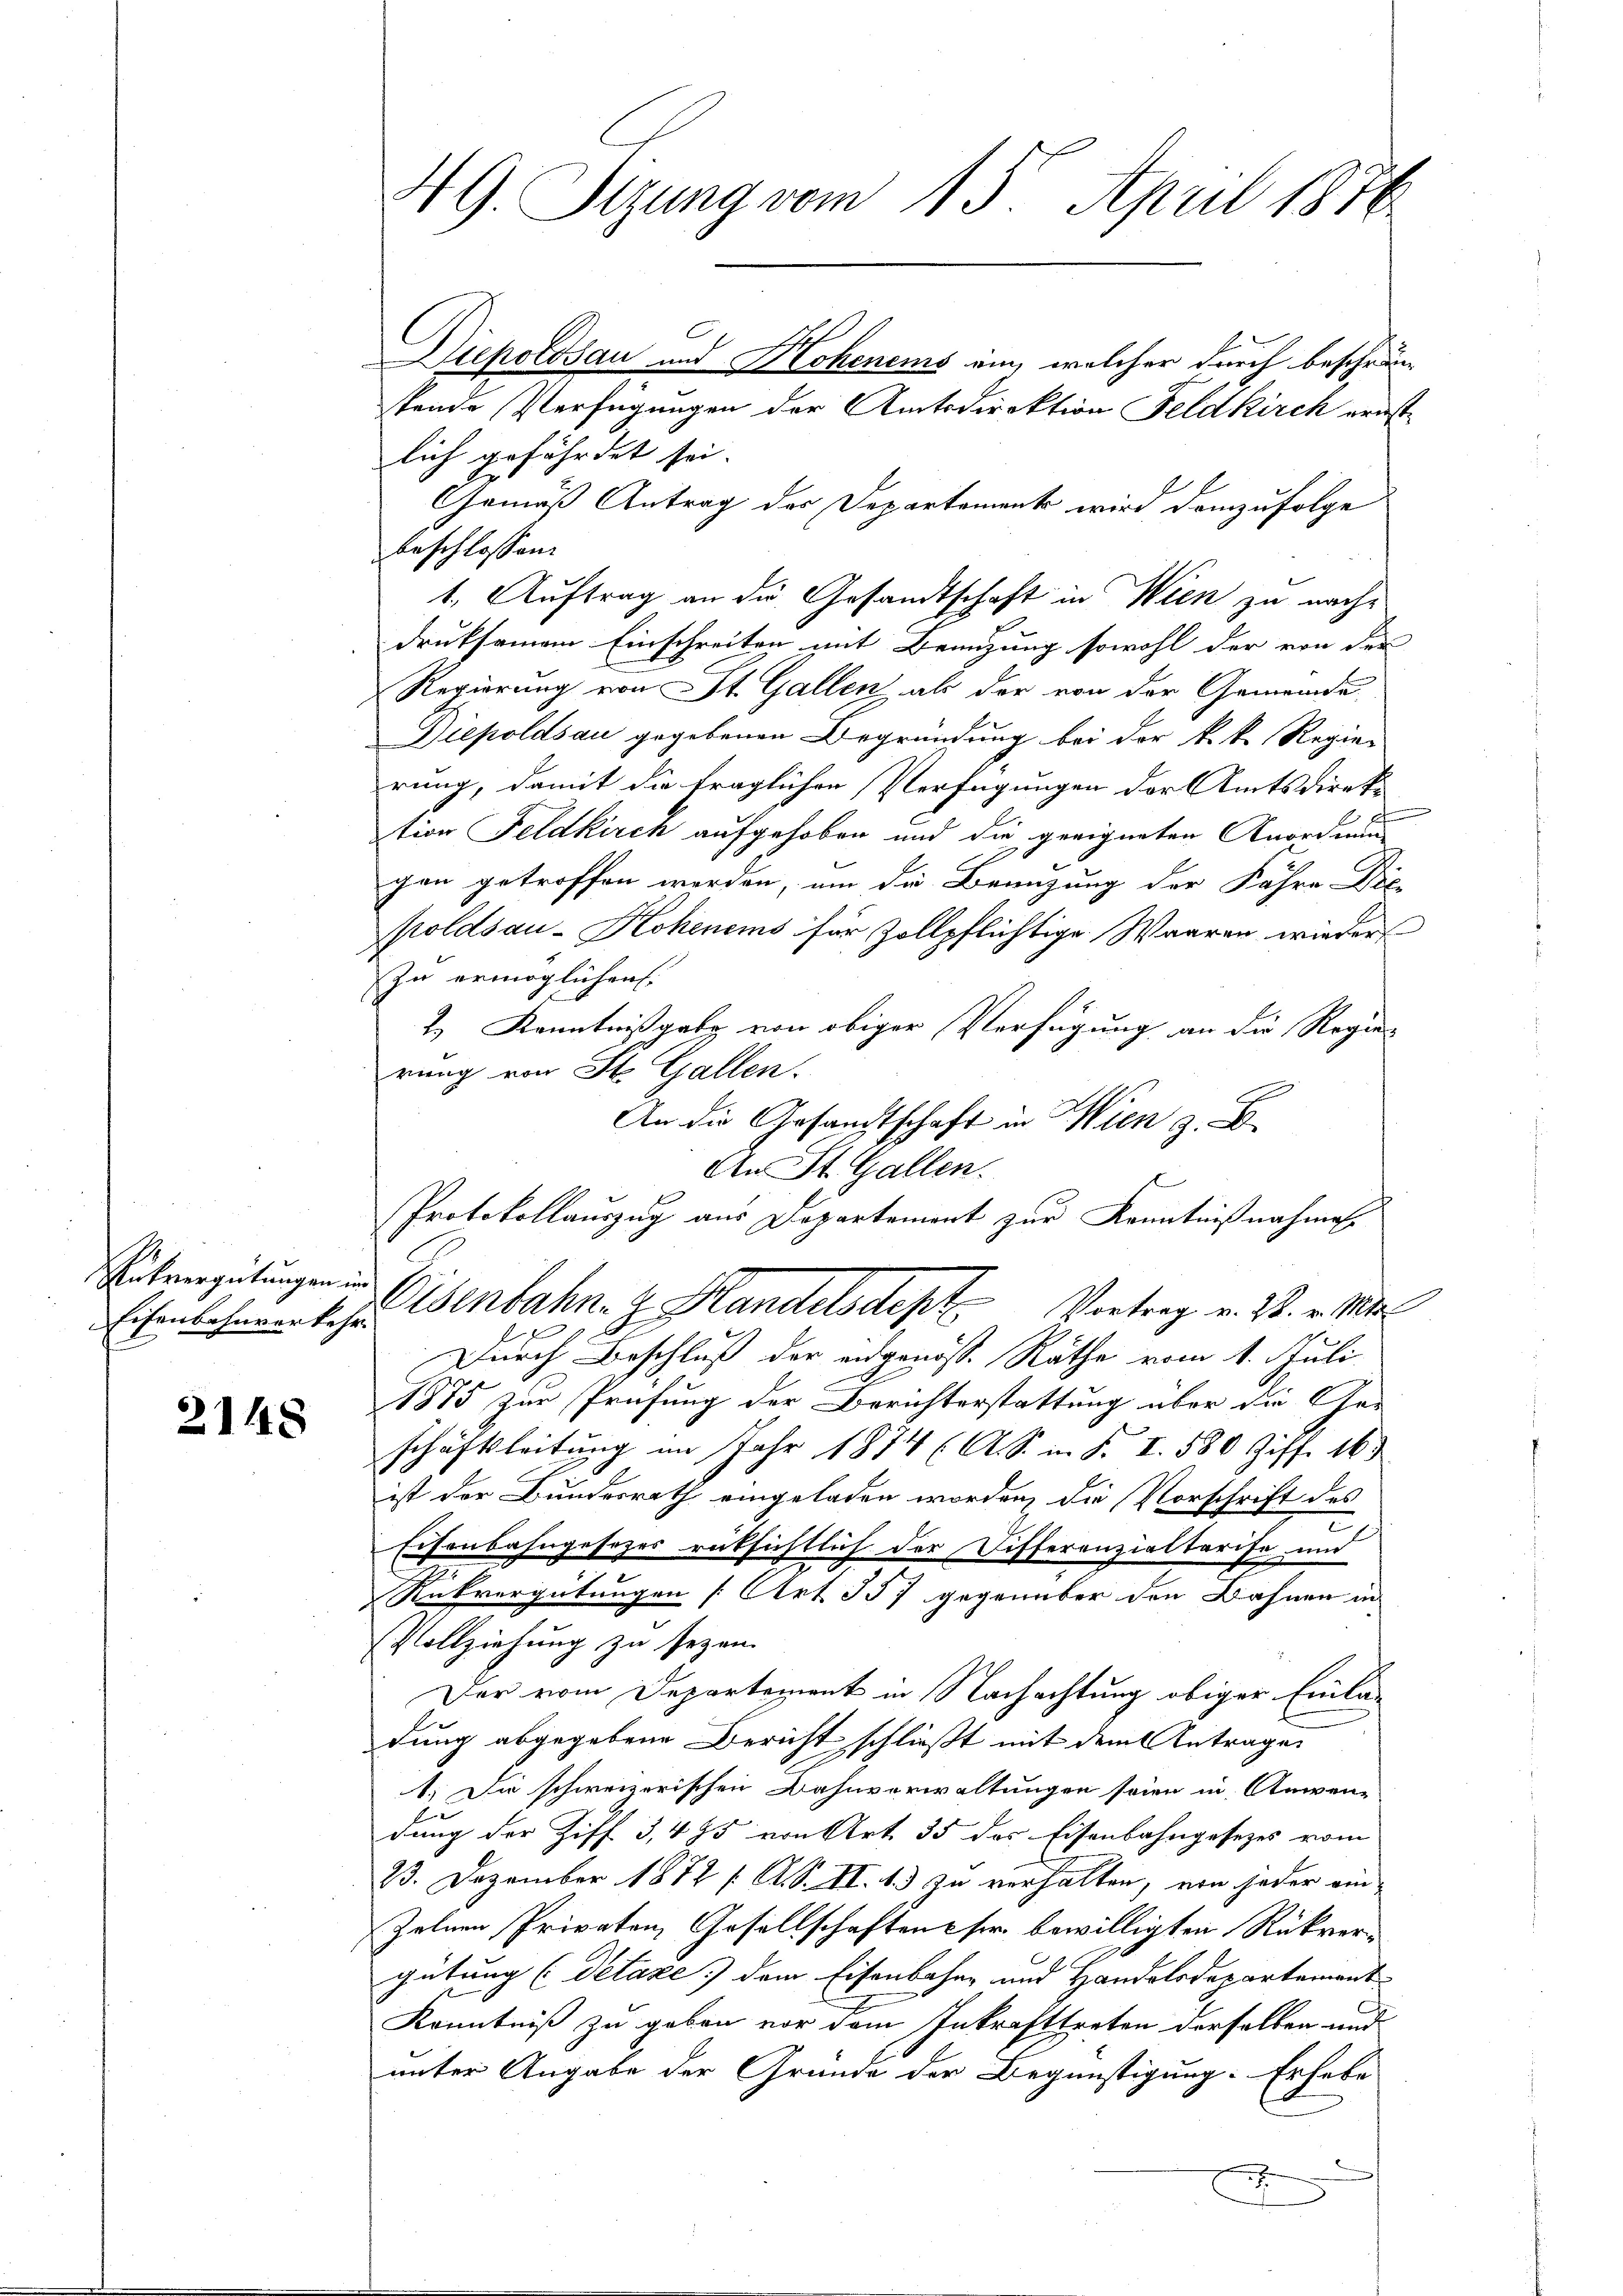
Rükvergütungen in
Eisenbahnverkehr

2148

49. Sizung vom 15. April 1876.

spende Verfügungen der Amtsdirektion Feldkirch geistlich gefährdet sei.
Gemäß Antrag der Departements wird demzufolge
beschlossen:
1. Auftrag an die Gesandtschaft in Wien zu nachdruksamem Einschreiten mit Branzung sowohl der von der
Regierung von St. Gallen als der von der Gemeinde
Diepoldsau gegebenen Begründung bei der k. k. Regie-
rung, damit die fraglichen Verfügungen der Amtsdirektion Feldkirch aufgehoben und die geeigneten Anordnung
gen getroffen werden, um die Beenzung der Fähre Die
poldsau-Kohenems für Zollpflichtige Waaren wieder
zu ermöglichen.
2.) Kenntnißgabe von obiger Verfügung an die Regie-
rung von St. Gallen.
An die Gesandtschaft in Wien z. B.
An St. Gallen.
Protokollauszug aus Departement zur Kenntnißnahmen.
isenbahn z. Handelsdept Vortrag v. 28. v. 184
Durch Beschluß der eidgenösse Räthe vom 1. Juli
1875 zur Prüfung der Berichterstattung über die Ge-
schäftsleitung im Jahr 1874 (O. S. in §. I. 580 Ziff. 163
ist der Bundesrath eingeladen worden, die Vorschrift des
e
Eisenbahngesezes rüksichtlich der Differenzialtarife und
Rückvergütungen [Art. 357 gegenüber den Bahnen in
Vollziehung zu sezen.
Der vom Departement in Nachachtung obiger Einladung abgegebene Bericht schließt mit dem Antrages
1. Die schweizerischen Bahnverwaltungen seien in Anwen-
dung der Ziff. 3, 495 von Art. 35 des Eisenbahngesezes vom
23. Dezember 1872 f. A. S. II. 1.), zu verhalten, von jeder ein¬
Zelnen Privaten Gesellschaften her bewilligten Rückvergütung (Petaxe dem Eisenbahne und Handelsdepartement
C
Kenntniß zu geben vor dem Inkrafttreten derselben und
unter Angabe der Grunde der Begünstigung. Er habe

Diepolosau und Hohenens ein, welcher durch beschrän¬